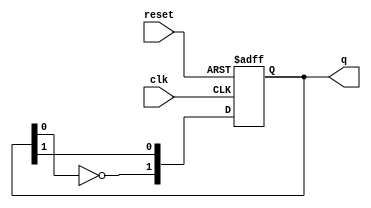
module dual_stage_johnson_counter (
    input wire clk,         // Clock signal
    input wire reset,       // Asynchronous reset signal
    output reg [1:0] q      // 2-bit output representing the state
);

// Sequential logic to implement the Johnson counter
always @(posedge clk or posedge reset) begin
    if (reset) begin
        // Initialize to known state (00)
        q <= 2'b00;
    end else begin
        // State transition based on the Johnson counter logic
        q[0] <= q[1];          // Q1 takes the value of Q2
        q[1] <= ~q[0];         // Q2 takes the inverted value of Q1
    end
end

endmodule